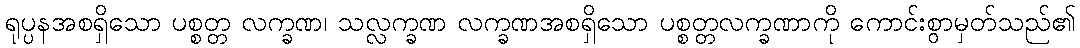
ရုပ္ပနအစရှိသော ပစ္စတ္တ လက္ခဏ၊ သလ္လက္ခဏ လက္ခဏအစရှိသော ပစ္စတ္တလက္ခဏာကို ကောင်းစွာမှတ်သည်၏